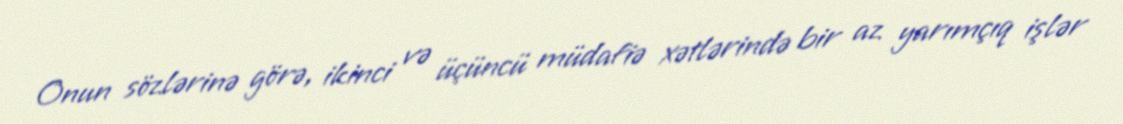
Onun sözlərinə görə, ikinci və üçüncü müdafiə xətlərində bir az yarımçıq işlər